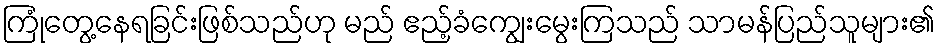
ကြုံတွေ့နေရခြင်းဖြစ်သည်ဟု မည် ဧည့်ခံကျွေးမွေးကြသည် သာမန်ပြည်သူများ၏